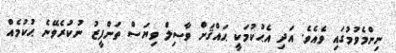
ނިންމެވުމުގައި ވެއެވެ. އަދި އެޙުކުމަކީ ޙައްޤަށް ވާސިލް ވިޔަސް ތަންފީޒު ނުކުރެވޭނެ ޙުކުމެއް